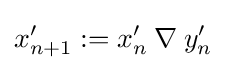
x'_{n+1}:=x'_{n}\mathbin {\nabla } y'_{n}